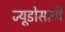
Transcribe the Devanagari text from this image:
ज्यूडोसाठी